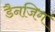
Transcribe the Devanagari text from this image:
डैनजिग